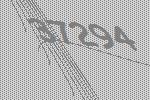
37294